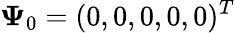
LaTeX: \mathbf{\Psi}_{0}=(0,0,0,0,0)^{T}